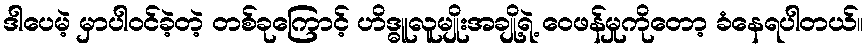
ဒါပေမဲ့ မှာပါဝင်ခဲ့တဲ့ တစ်ခုကြောင့် ဟိဒ္ဓူလူမျိုးအချို့ရဲ့ ဝေဖန်မှုကိုတော့ ခံနေရပါတယ်။